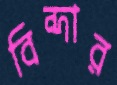
বিন্দার